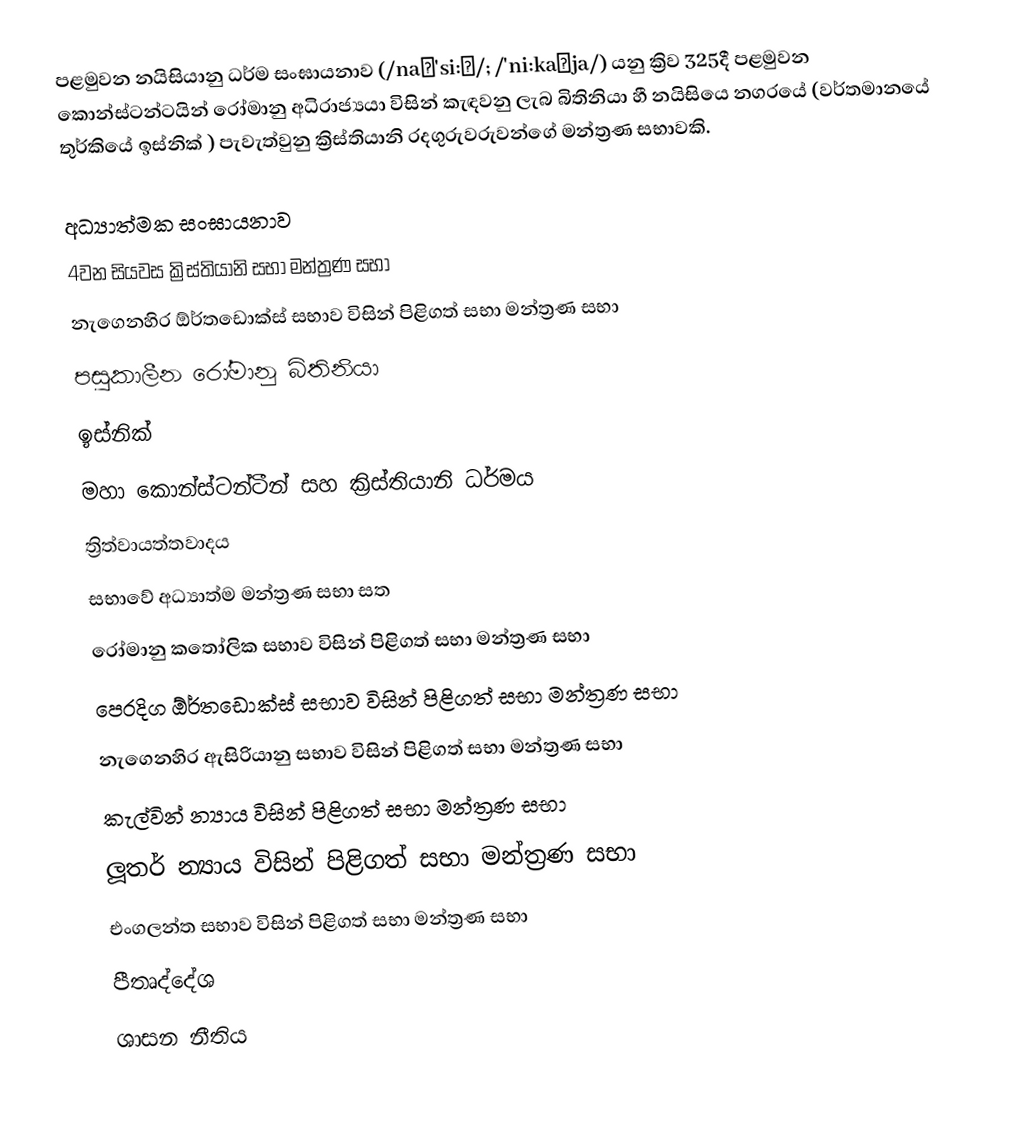
පළමුවන නයිසියානු ධර්ම සංඝායනාව (/naɪ'si:ə/;  /'ni:kaɪja/) යනු ක්‍රිව 325දී  පළමුවන කොන්ස්ටන්ටයින් රෝමානු අධිරාජ්‍යයා විසින් කැඳවනු ලැබ බිතිනියා හී නයිසියෙ නගරයේ (වර්තමානයේ තුර්කියේ ඉස්නික් ) පැවැත්වුනු  ක්‍රිස්තියානි රදගුරුවරුවන්ගේ මන්ත්‍රණ සභාවකි.

අධ්‍යාත්මක සංඝායනාව
4වන සියවස ක්‍රිස්තියානි සභා මන්ත්‍රණ සභා
නැගෙනහිර ඕර්තඩොක්ස් සභාව විසින් පිළිගත් සභා මන්ත්‍රණ සභා
පසුකාලීන රෝමානු බිතිනියා
ඉස්නික්
මහා කොන්ස්ටන්ටීන් සහ ක්‍රිස්තියානි ධර්මය
ත්‍රිත්වායත්තවාදය
සභාවේ අධ්‍යාත්ම මන්ත්‍රණ සභා සත
රෝමානු කතෝලික සභාව විසින් පිළිගත් සභා මන්ත්‍රණ සභා
පෙරදිග ඕර්තඩොක්ස් සභාව විසින් පිළිගත් සභා මන්ත්‍රණ සභා
නැගෙනහිර ඇසිරියානු සභාව විසින් පිළිගත් සභා මන්ත්‍රණ සභා
කැල්වින් න්‍යාය විසින් පිළිගත් සභා මන්ත්‍රණ සභා
ලූතර් න්‍යාය විසින් පිළිගත් සභා මන්ත්‍රණ සභා
එංගලන්ත සභාව විසින් පිළිගත් සභා මන්ත්‍රණ සභා
පීතෘද්දේශ
ශාසන නීතිය